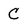
Character: C